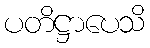
ပတိဋ္ဌာပေသိ